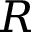
R